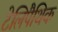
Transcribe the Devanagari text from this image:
टेलिपैथिक